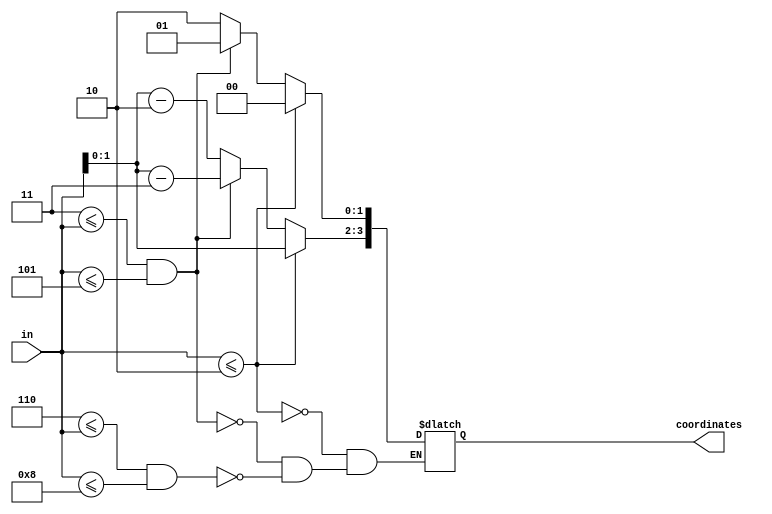
// light position decoder

`timescale 1ns / 1ns // `timescale time_unit/time_precision

module light_decoder(
	input [3:0] in,
	output reg [3:0] coordinates // [column row] format
	);
	
	wire [3:0] row2;
	assign row2 = (in[3:0] - 4'b0011);
	
	wire [3:0] row3;
	assign row3 = (in[3:0] - 4'b0110);
	
	always @(*)
	begin
		if (in <= 4'd2) begin // Row 1
			coordinates[1:0] <= 2'b00; // Row
			coordinates[3:2] <= in[1:0]; // Column
		end
		else if (4'd3 <= in && in <= 4'd5) begin // Row 2
			coordinates[1:0] <= 2'b01;
			coordinates[3:2] <= row2[1:0];
		end
		else if (4'd6 <= in && in <= 4'd8) begin // Row 3
			coordinates[1:0] <= 2'b10;
			coordinates[3:2] <= row3[1:0];
		end
	end
endmodule